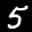
Label: 5